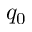
q _ { 0 }